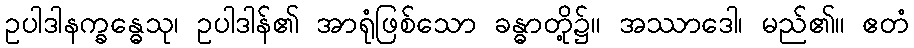
ဥပါဒါနက္ခန္ဓေသု၊ ဥပါဒါန်၏ အာရုံဖြစ်သော ခန္ဓာတို့၌။ အဿာဒေါ၊ မည်၏။ ဧတံ